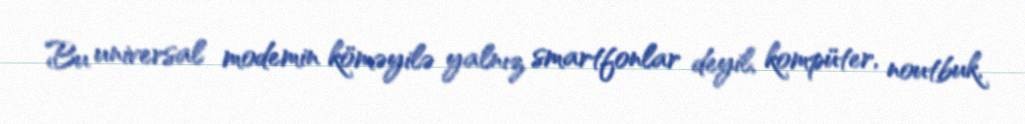
Bu universal modemin köməyilə yalnız smartfonlar deyil, kompüter, noutbuk,